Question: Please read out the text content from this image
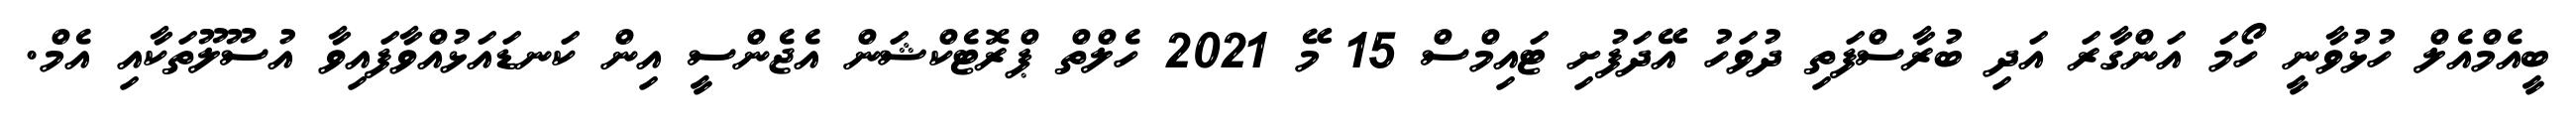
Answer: ބީއެމްއެލް ހުޅުވާނީ ހޯމަ އަންގާރަ އަދި ބުރާސްފަތި ދުވަހު އޭދަފުށި ޓައިމްސް 15 މޭ 2021 ހެލްތް ޕްރޮޓެކްޝަން އެޖެންސީ އިން ކަނޑައަޅުއްވާފައިވާ އުސޫލޫތަކާއި އެމް.